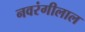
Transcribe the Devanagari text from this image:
नवरंगीलाल